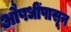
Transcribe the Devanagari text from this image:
औषधींपासून